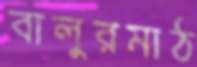
বালুরমাঠ